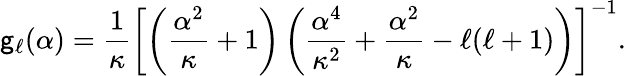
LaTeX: {\sf g}_{\ell}({\alpha})=\frac{1}{\kappa}\left[\left({\frac{\alpha^{2}}{\kappa}+1}\right)\left(\frac{\alpha^{4}}{\kappa^{2}}+\frac{\alpha^{2}}{\kappa}-{\ell}({\ell}+1)\right)\right]^{-1}.